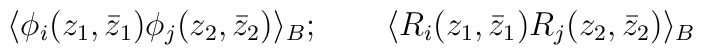
\langle \phi _i(z_1,\bar{z}_1)\phi _j(z_2,\bar{z}_2)\rangle _B;\qquad\langle R_i(z_1,\bar{z}_1)R_j(z_2,\bar{z}_2)\rangle _B